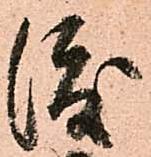
渡